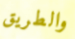
والطريق